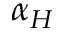
\alpha _ { H }